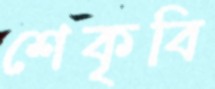
শেকৃবি